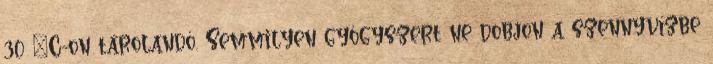
30 °C-on tárolandó. Semmilyen gyógyszert ne dobjon a szennyvízbe